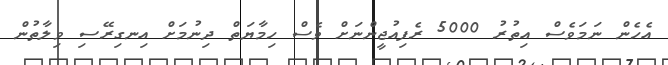
އެހެެން ނަމަވެސް އިތުރު 5000 ރެފިއުޖީންނަށް ވެސް ހިމާޔަތް ދިނުމަށް އިނގިރޭސި ވިލާތުން